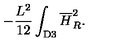
- { \frac { L ^ { 2 } } { 1 2 } } \int _ { \mathrm { D 3 } } { \overline { H } } _ { R } ^ { 2 } .